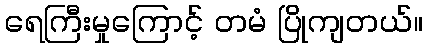
ရေကြီးမှုကြောင့် တမံ ပြိုကျတယ်။